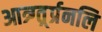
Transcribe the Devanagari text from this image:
आत्र्ग्त्र्र्प्रनलि